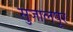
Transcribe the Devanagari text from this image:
सुजालपूर